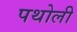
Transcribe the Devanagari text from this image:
पथोली